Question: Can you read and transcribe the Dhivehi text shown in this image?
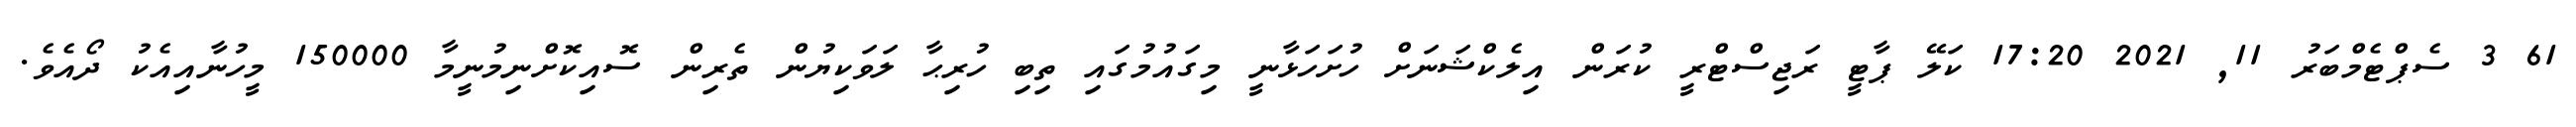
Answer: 61 3 ސެޕްޓެމްބަރު 11, 2021 17:20 ކަލޭ ޕާޓީ ރަޖިސްޓްރީ ކުރަން އިލެކްޝަނަށް ހުށަހަޅާނީ މިގައުމުގައި ތިބި ހުރިޙާ ލަވަކިޔުން ތެރިން ސޮއިކޮށްނިމުނީމާ 150000 މީހުނާއިއެކު ދޯއެވެ.